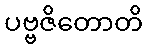
ပဗ္ဗဇိတောတိ